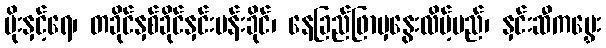
မိုးနှင့်ရေ၊ တခိုင်နှစ်ခိုင်နှင်းပန်းခိုင်၊ နေခြည်ဖြာမှနွေးလိမ့်မည်၊ နှင်းဆီကမွှေး